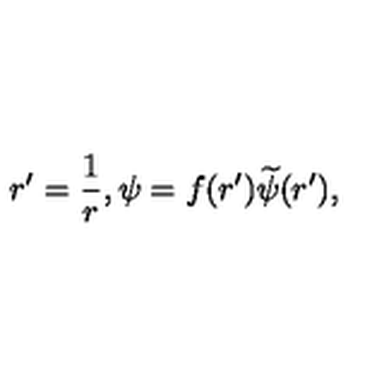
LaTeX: r ^ { \prime } = { \frac { 1 } { r } } , \psi = f ( r ^ { \prime } ) { \widetilde { \psi } } ( r ^ { \prime } ) ,